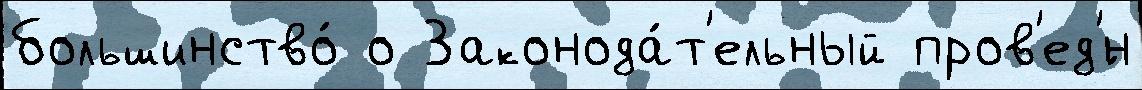
большинство́ о Законода́т'ельный пров'ед'́н